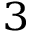
^ 3